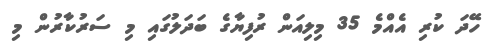
ހޭދަ ކުރި އެއްމެ 35 މިލިއަން ރުފިޔާގެ ބަދަލުގައި މި ސަރުކާރުން މި